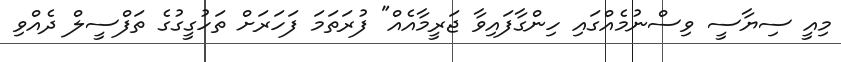
މިއީ ސިޔާސީ ވިސްނުމެއްގައި ހިންގާފައިވާ ޖަރީމާއެއް" ފުރަތަމަ ފަހަރަށް ތަހުގީގުގެ ތަފްސީލް ދެއްވި